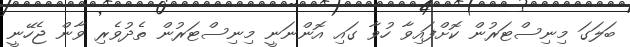
ބަލަގަ މިނިސްޓަރުން ކޮށްފައިވާ ހުވާ ގައި އޮންނަނީ މިނިސްޓަރުން ތެދުވެރި ވާން ޖެހޭނީ